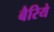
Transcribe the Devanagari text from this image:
बैरिये